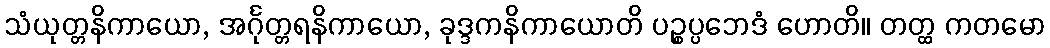
သံယုတ္တနိကာယော, အင်္ဂုတ္တရနိကာယော, ခုဒ္ဒကနိကာယောတိ ပဉ္စပ္ပဘေဒံ ဟောတိ။ တတ္ထ ကတမော